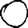
Digit: 0